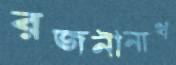
রজনীনাথ